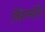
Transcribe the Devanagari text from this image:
घिग्घी।